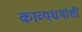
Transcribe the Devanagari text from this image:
काव्यधर्माशी